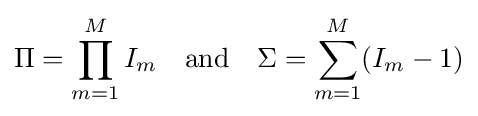
\Pi =\prod _{m=1}^{M}I_{m}\quad {\text{and}}\quad \Sigma =\sum _{m=1}^{M}(I_{m}-1)